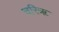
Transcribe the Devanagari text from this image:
चरिॠ